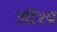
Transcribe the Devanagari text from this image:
उदॆश्य